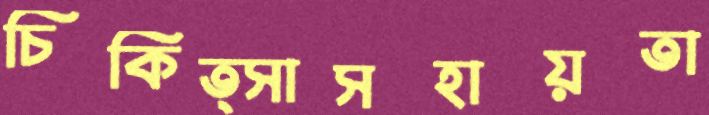
চিকিত্সাসহায়তা